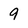
Character: 9